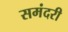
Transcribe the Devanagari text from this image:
समंदरी